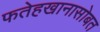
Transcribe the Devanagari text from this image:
फतेहखानासोबत